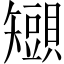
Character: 𧸒